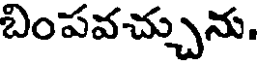
బింపవచ్చును.